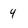
Character: 4